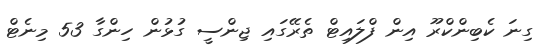
ގިނަ ކެބިންކްރޫ އިން ފްލައިޓް ތެރޭގައި ޖިންސީ ގުޅުން ހިންގާ 53 މިނެޓް